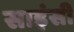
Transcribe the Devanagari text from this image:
साइंसी